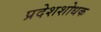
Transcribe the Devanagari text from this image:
प्रदेशशोधक